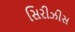
સિરીઝીસ